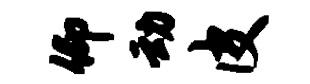
仰动皮